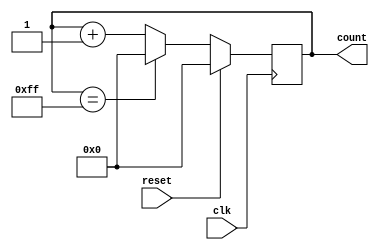
module ModulusCounter (
  input clk,
  input reset,
  output reg [7:0] count
);

always @(posedge clk) begin
  if (reset) begin
    count <= 8'b0;
  end else begin
    if (count == 8'hFF) begin
      count <= 8'b0;
    end else begin
      count <= count + 1;
    end
  end
end

endmodule